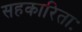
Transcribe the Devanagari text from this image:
सहकारिताः